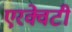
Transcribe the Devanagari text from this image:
एरक्वेटी